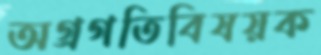
অগ্রগতিবিষয়ক